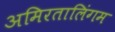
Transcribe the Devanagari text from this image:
अमिरतालिंगम